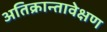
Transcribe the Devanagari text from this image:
अतिक्रान्तावेक्षण